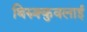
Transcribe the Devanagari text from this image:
थिरुक्कुवलाई